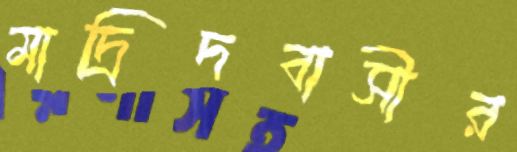
মাদ্রিদবাসীর